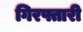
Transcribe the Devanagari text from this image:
गिरफ्तारी